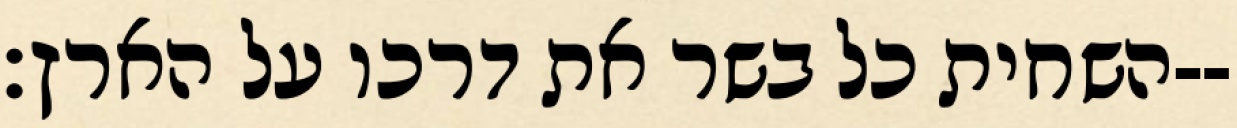
השחית כל בשר את דרכו על הארץ׃--